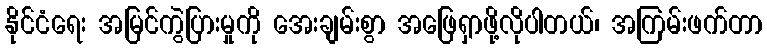
နိုင်ငံရေး အမြင်ကွဲပြားမှုကို အေးချမ်းစွာ အဖြေရှာဖို့လိုပါတယ်၊ အကြမ်းဖက်တာ